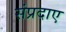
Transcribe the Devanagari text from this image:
संप्रदाए